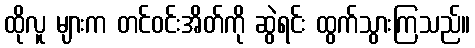
ထိုလူ များက တင်ဝင်းအိတ်ကို ဆွဲရင်း ထွက်သွားကြသည်။